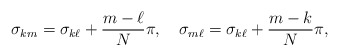
\begin{align*}\sigma_{km}=\sigma_{k\ell}+{m-\ell\over N}\pi, \quad \sigma_{m\ell}=\sigma_{k\ell}+{m-k \over N}\pi ,\end{align*}